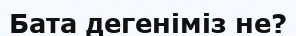
Бата дегеніміз не?